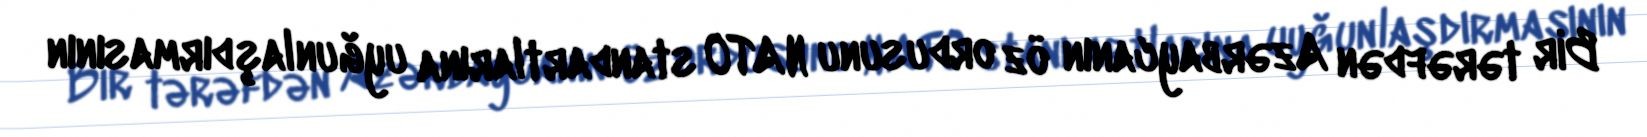
Bir tərəfdən Azərbaycanın öz ordusunu NATO standartlarına uyğunlaşdırmasının